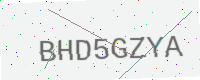
Text: BHD5GZYA